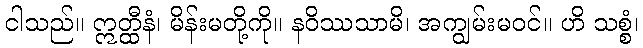
ငါသည်။ ဣတ္ထီနံ၊ မိန်းမတို့ကို။ နဝိဿသာမိ၊ အကျွမ်းမဝင်။ ဟိ သစ္စံ၊